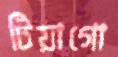
টিয়াগো